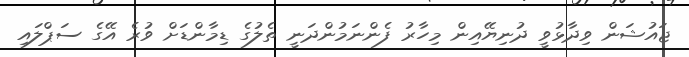
ޖައުޝަން ވިދާޅުވީ ދުނިޔޭއިން މިހާރު ފެންނަމުންދަނީ ތެލުގެ ޑިމާންޑަށް ވުރެ އޭގެ ސަޕްލައި